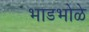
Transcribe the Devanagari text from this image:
भाडभोळे